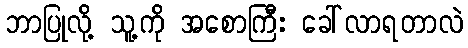
ဘာပြုလို့ သူ့ကို အစောကြီး ခေါ်လာရတာလဲ